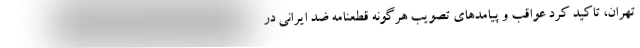
تهران، تاکید کرد عواقب و پیامدهای تصویب هرگونه قطعنامه ضد ایرانی در